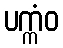
ပက္ကံဝ